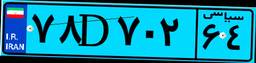
۸۳D۰۳۲۹۹